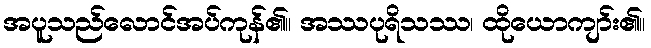
အပူသည်လောင်အပ်ကုန်၏။ အဿပုရိသဿ၊ ထိုယောကျာ်း၏။